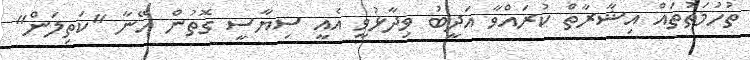
ތުހުމަތުތައް އިޝާރާތް ކުރައްވާ އަދީބު ވިދާޅުވީ އެއީ ސިޔާސީ ގޮތުން އޭނާ "ކަތިލަން"